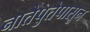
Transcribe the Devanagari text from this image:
नातेपुतेपासून